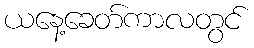
ယနေ့ခေတ်ကာလတွင်